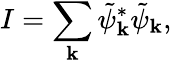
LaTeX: I=\sum_{\mathbf{k}}\tilde{{\psi}}_{\mathbf{k}}^{*}\tilde{{\psi}}_{\mathbf{k}},